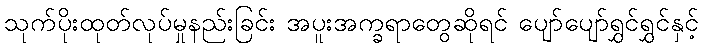
သုက်ပိုးထုတ်လုပ်မှုနည်းခြင်း အပူးအက္ခရာတွေဆိုရင် ပျော်ပျော်ရွှင်ရွှင်နှင့်